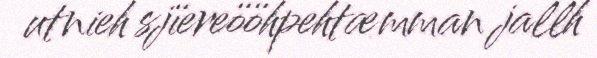
utnieh sjïereööhpehtæmman jallh